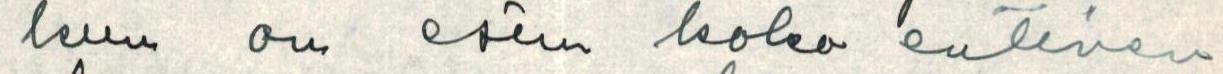
kun on esim koko entinen